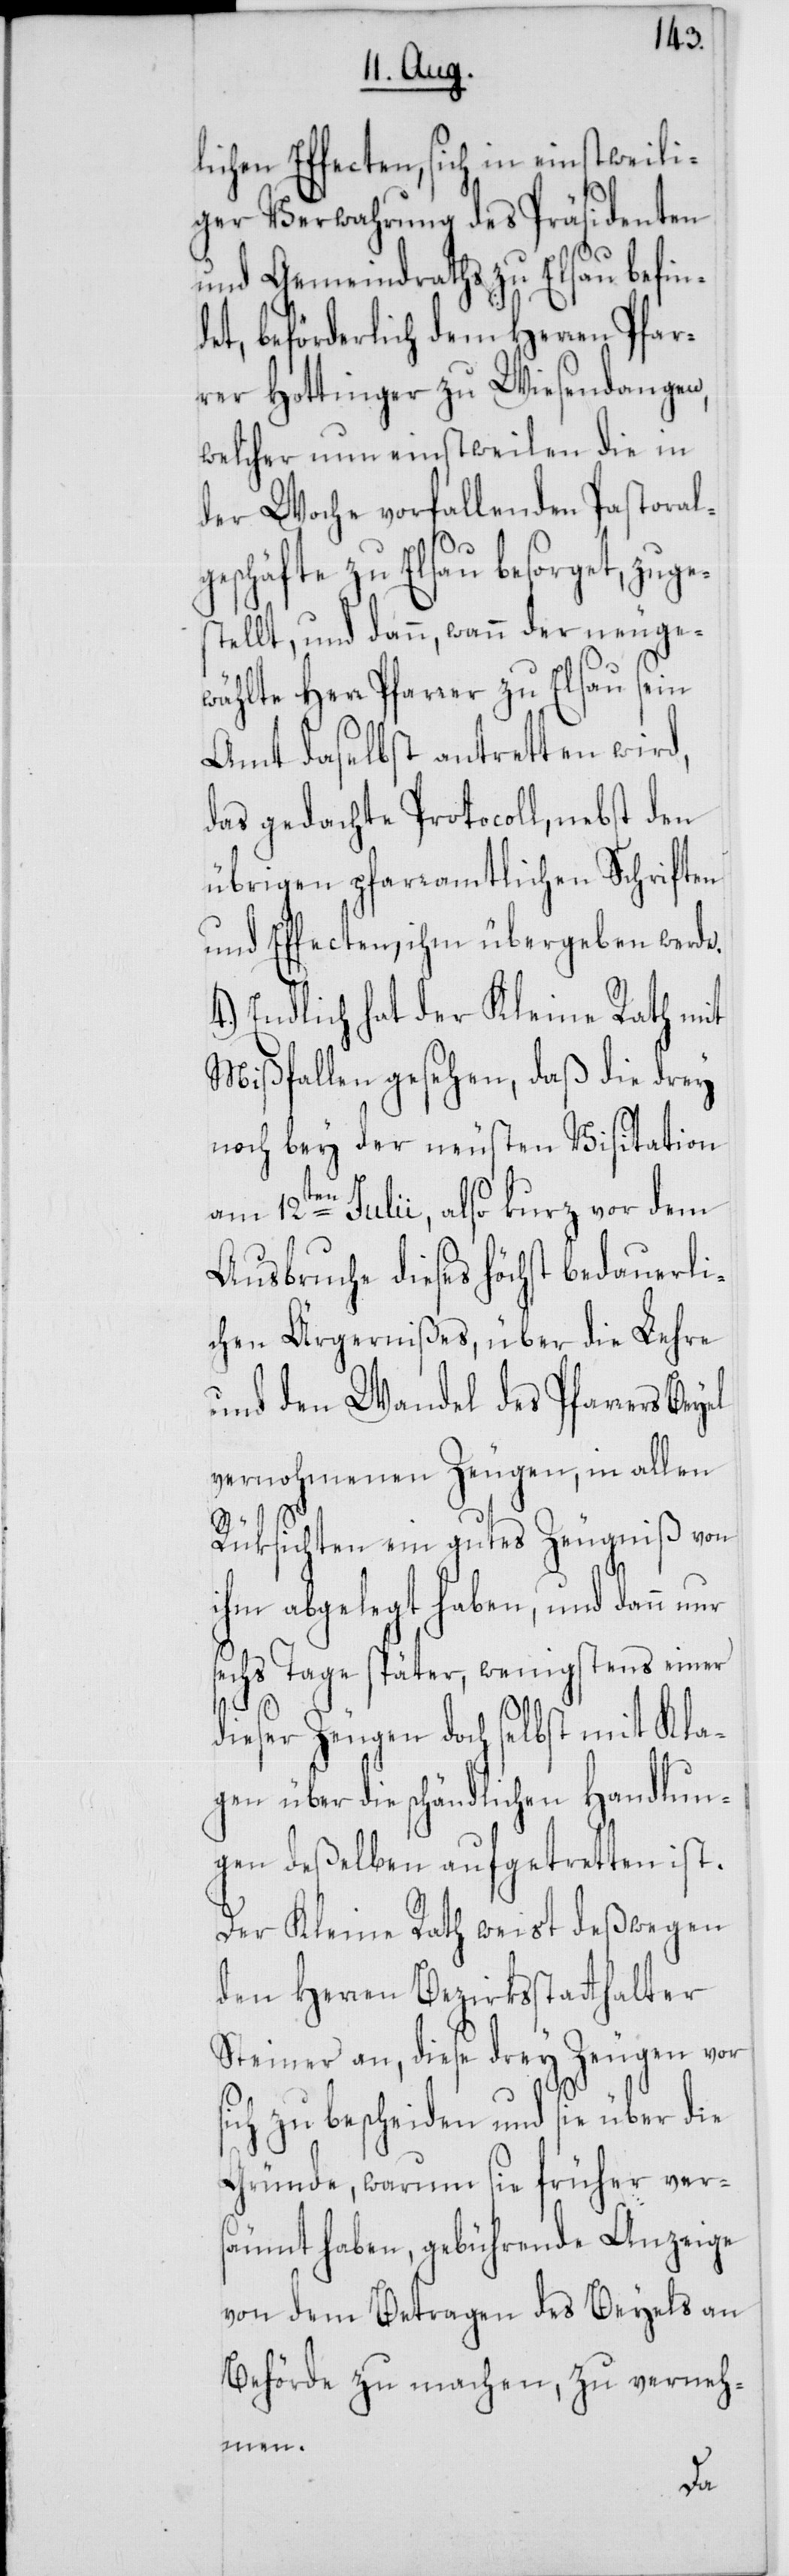
4.)
lichen Effecten, sich in einstweili¬
ger Verwahrung des Präsidenten
und Gemeindraths zu Elsau befin¬
det, beförderlich dem Herren Pfar¬
rer Hottinger zu Wiesendangen,
welcher nun einstweilen die in
der Woche vorfallenden Pastoral¬
geschäfte zu Elsau besorget, zuges¬
tellt, und dann, wann der neu ge¬
wählte Herr Pfarrer zu Elsau sein
Amt daselbst antretten wird,
das gedachte Protocoll, nebst den
übrigen pfarramtlichen Schriften
und Effecten, ihm übergeben werde.
Endlich hat der Kleine Rath mit
Mißfallen gesehen, daß die drey
noch bey der neusten Visitation
am 12ten Julii, also kurz vor dem
Ausbruche dieses höchst bedauerli¬
chen Ärgernißes, über die Lehre
und den Wandel des Pfarrers Beyel
vernohmenen Zeugen, in allen
Rüksichten ein gutes Zeugniß von
ihm abgelegt haben, und dann nur
sechs Tage später, wenigstens einer
dieser Zeugen doch selbst mit Kla¬
gen über die schändlichen Handlun¬
gen deßelben aufgetretten ist.
den Herren Bezirkstatthalter
Steiner an, diese drey Zeugen vor
sich zu bescheiden und sie über die
Gründe, warum sie früher ver¬
säumt haben, gebührende Anzeige
von dem Betragen des Beyels an
Behörde zu machen, zu verneh¬
men.
Der